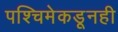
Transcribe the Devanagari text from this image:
पश्चिमेकडूनही